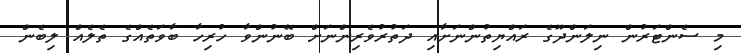
މި ސެންޓަރުން ނިލަންދޫގެ ރައްޔިތުންނަށާއި ދަތުރުވެރިންނަށް ބޭނުންވާ ހުރިހާ ބާވަތެއްގެ ތެލެއް ލިބެން